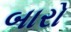
બારો